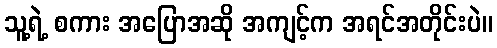
သူ့ရဲ့ စကား အပြောအဆို အကျင့်က အရင်အတိုင်းပဲ။